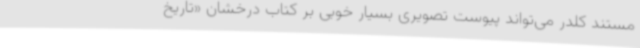
مستند کلدر می‌تواند پیوست تصویری بسیار خوبی بر کتاب درخشان «تاریخ